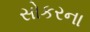
સોકરના